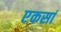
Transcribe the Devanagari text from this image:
एकसां